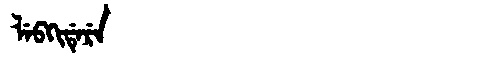
Manchu: ᠯᡝᠪᡴᡳᡩᡝᡵᡝ
Romanization: LEBKIDERE